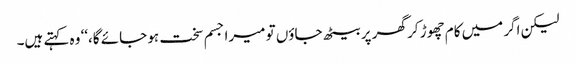
لیکن اگر میں کام چھوڑ کر گھر پر بیٹھ جاؤں تو میرا جسم سخت ہو جائے گا،‘‘ وہ کہتے ہیں۔